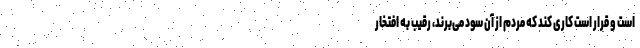
است و قرار است کاری کند که مردم از آن سود می‌برند، رقیب به افتخار